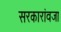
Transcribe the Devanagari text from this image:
सरकारांवजा